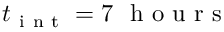
t _ { \mathrm { ~ i ~ n ~ t ~ } } = 7 ~ \mathrm { ~ h ~ o ~ u ~ r ~ s ~ }